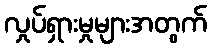
လှုပ်ရှားမှုများအတွက်